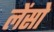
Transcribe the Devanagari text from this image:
लेंसो